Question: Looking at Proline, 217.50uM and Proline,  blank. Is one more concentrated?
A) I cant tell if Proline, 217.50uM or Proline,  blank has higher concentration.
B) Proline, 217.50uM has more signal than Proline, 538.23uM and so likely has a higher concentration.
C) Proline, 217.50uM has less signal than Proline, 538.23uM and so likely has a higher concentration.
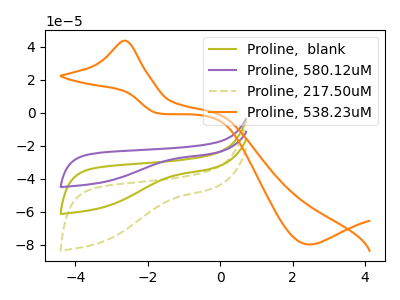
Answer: <think>The olive curve "Proline,  blank" has no peaks. The purple curve "Proline, 580.12uM" has no peaks. The olive dashed curve "Proline, 217.50uM" has no peaks. The orange curve "Proline, 538.23uM" has an anodic peak at (-2.60V, 43.70uA) and a cathodic peak at (2.45V, -79.80uA).
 Neither "Proline, 217.50uM" or "Proline,  blank" have any peaks.</think>
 <answer>A) I cant tell if "Proline, 217.50uM" or "Proline,  blank" has higher concentration.</answer>
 <eval>A</eval>